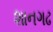
શાનગઢ